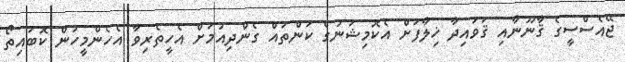
ޖޭއެސްސީގެ ޤާނޫނާއި ޤަވައިދާ ޚިލާފަށް އެކޮމިޝަނުގެ ކަންތައް ގެންދިއުމަށް އެހީތެރިވާ އެހެންމީހުން ކޮބައިތޯ